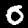
Digit: 0